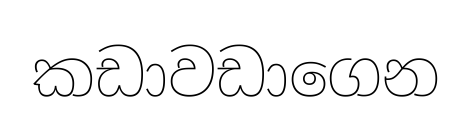
කඩාවඩාගෙන